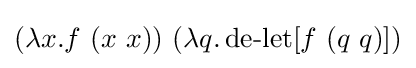
(\lambda x.f\ (x\ x))\ (\lambda q.\operatorname {de-let} [f\ (q\ q)])